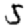
Digit: 5